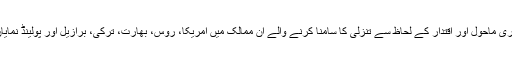
جمہوری ماحول اور اقتدار کے لحاظ سے تنزلی کا سامنا کرنے والے ان ممالک میں امریکا، روس، بھارت، ترکی، برازیل اور پولینڈ نمایاں ہیں۔